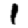
Digit: 1